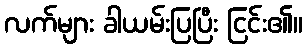
လက်များ ခါယမ်းပြပြီး ငြင်း၏။